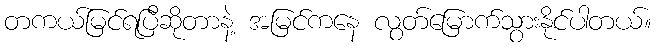
တကယ်မြင်ရပြီဆိုတာနဲ့ အမြင်ကနေ လွတ်မြောက်သွားနိုင်ပါတယ်။